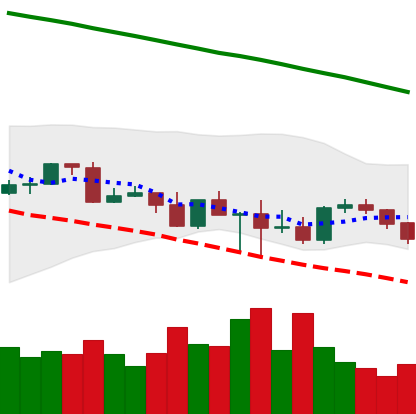
Ticker: TRX-USD
Chart end date: 2022-03-04
Forward return: 4.554%
Label: up_3_5